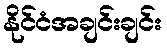
နိုင်ငံအချင်းချင်း